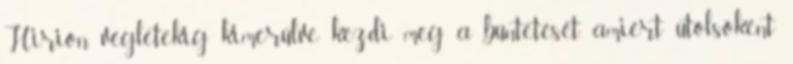
Hirion végletekig kimerülve kezdi meg a büntetését, amiért utolsóként